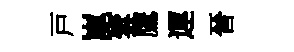
戸崑雲鷹運晉